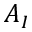
A _ { I }